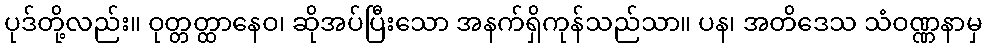
ပုဒ်တို့လည်း။ ဝုတ္တတ္ထာနေဝ၊ ဆိုအပ်ပြီးသော အနက်ရှိကုန်သည်သာ။ ပန၊ အတိဒေသ သံဝဏ္ဏနာမှ